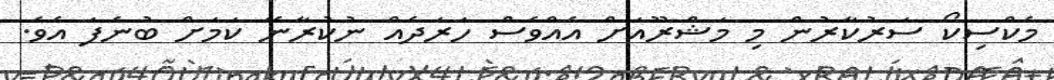
މެކްސިކޯ ސަރުކާރުން މި މަޝްރޫއަށް އެއްވެސް ހަރަދެއް ނުކުރާނޭ ކަމަށް ބުނެފަ އެވެ.